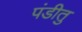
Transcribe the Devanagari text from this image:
पंडीतु